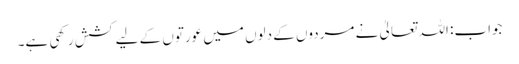
جواب: اللہ تعالیٰ نے مردوں کے دلوں میں عورتوں کے لیے کشش رکھی ہے۔